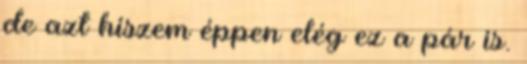
de azt hiszem éppen elég ez a pár is.